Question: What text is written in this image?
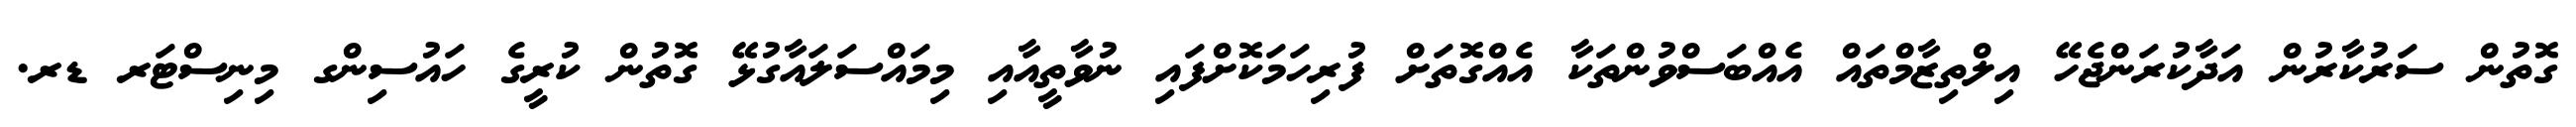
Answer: ގޮތުން ސަރުކާރުން އަދާކުރަންޖެހޭ އިލްތިޒާމްތައް އެއްބަސްވުންތަކާ އެއްގޮތަށް ފުރިހަމަކޮށްފައި ނުވާތީއާއި މިމައްސަލައާގުޅޭ ގޮތުން ކުރީގެ ހައުސިންގ މިނިސްޓަރ ޑރ.